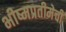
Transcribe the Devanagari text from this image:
भीष्मप्रतीमेची